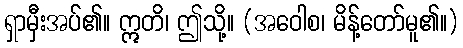
ရှာမှီးအပ်၏။ ဣတိ၊ ဤသို့။ (အဝေါစ၊ မိန့်တော်မူ၏။)